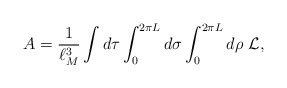
\begin{align*}A = {1\over \ell_M^3}\int d\tau \int_0^{2\pi L}d\sigma \int_0^{2\pi L} d\rho \, \, {\cal L},\end{align*}